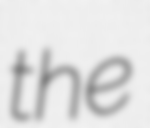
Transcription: the